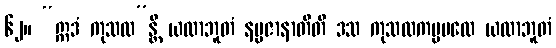
၆၂။ “ဣဒံ ကုသလ”န္တိ ယထာဘူတံ နပ္ပဇာနာတီတိ ဒသ ကုသလကမ္မပထေ ယထာဘူတံ